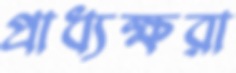
প্রাধ্যক্ষরা